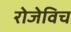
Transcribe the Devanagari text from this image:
रोजेविच